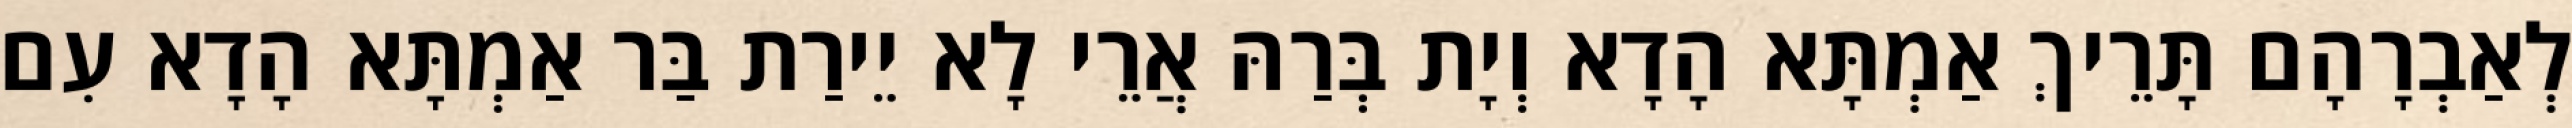
לְאַבְרָהָם תָּרֵיךְ אַמְתָּא הָדָא וְיָת בְּרַהּ אֲרֵי לָא יֵירַת בַּר אַמְתָּא הָדָא עִם